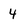
Character: 4